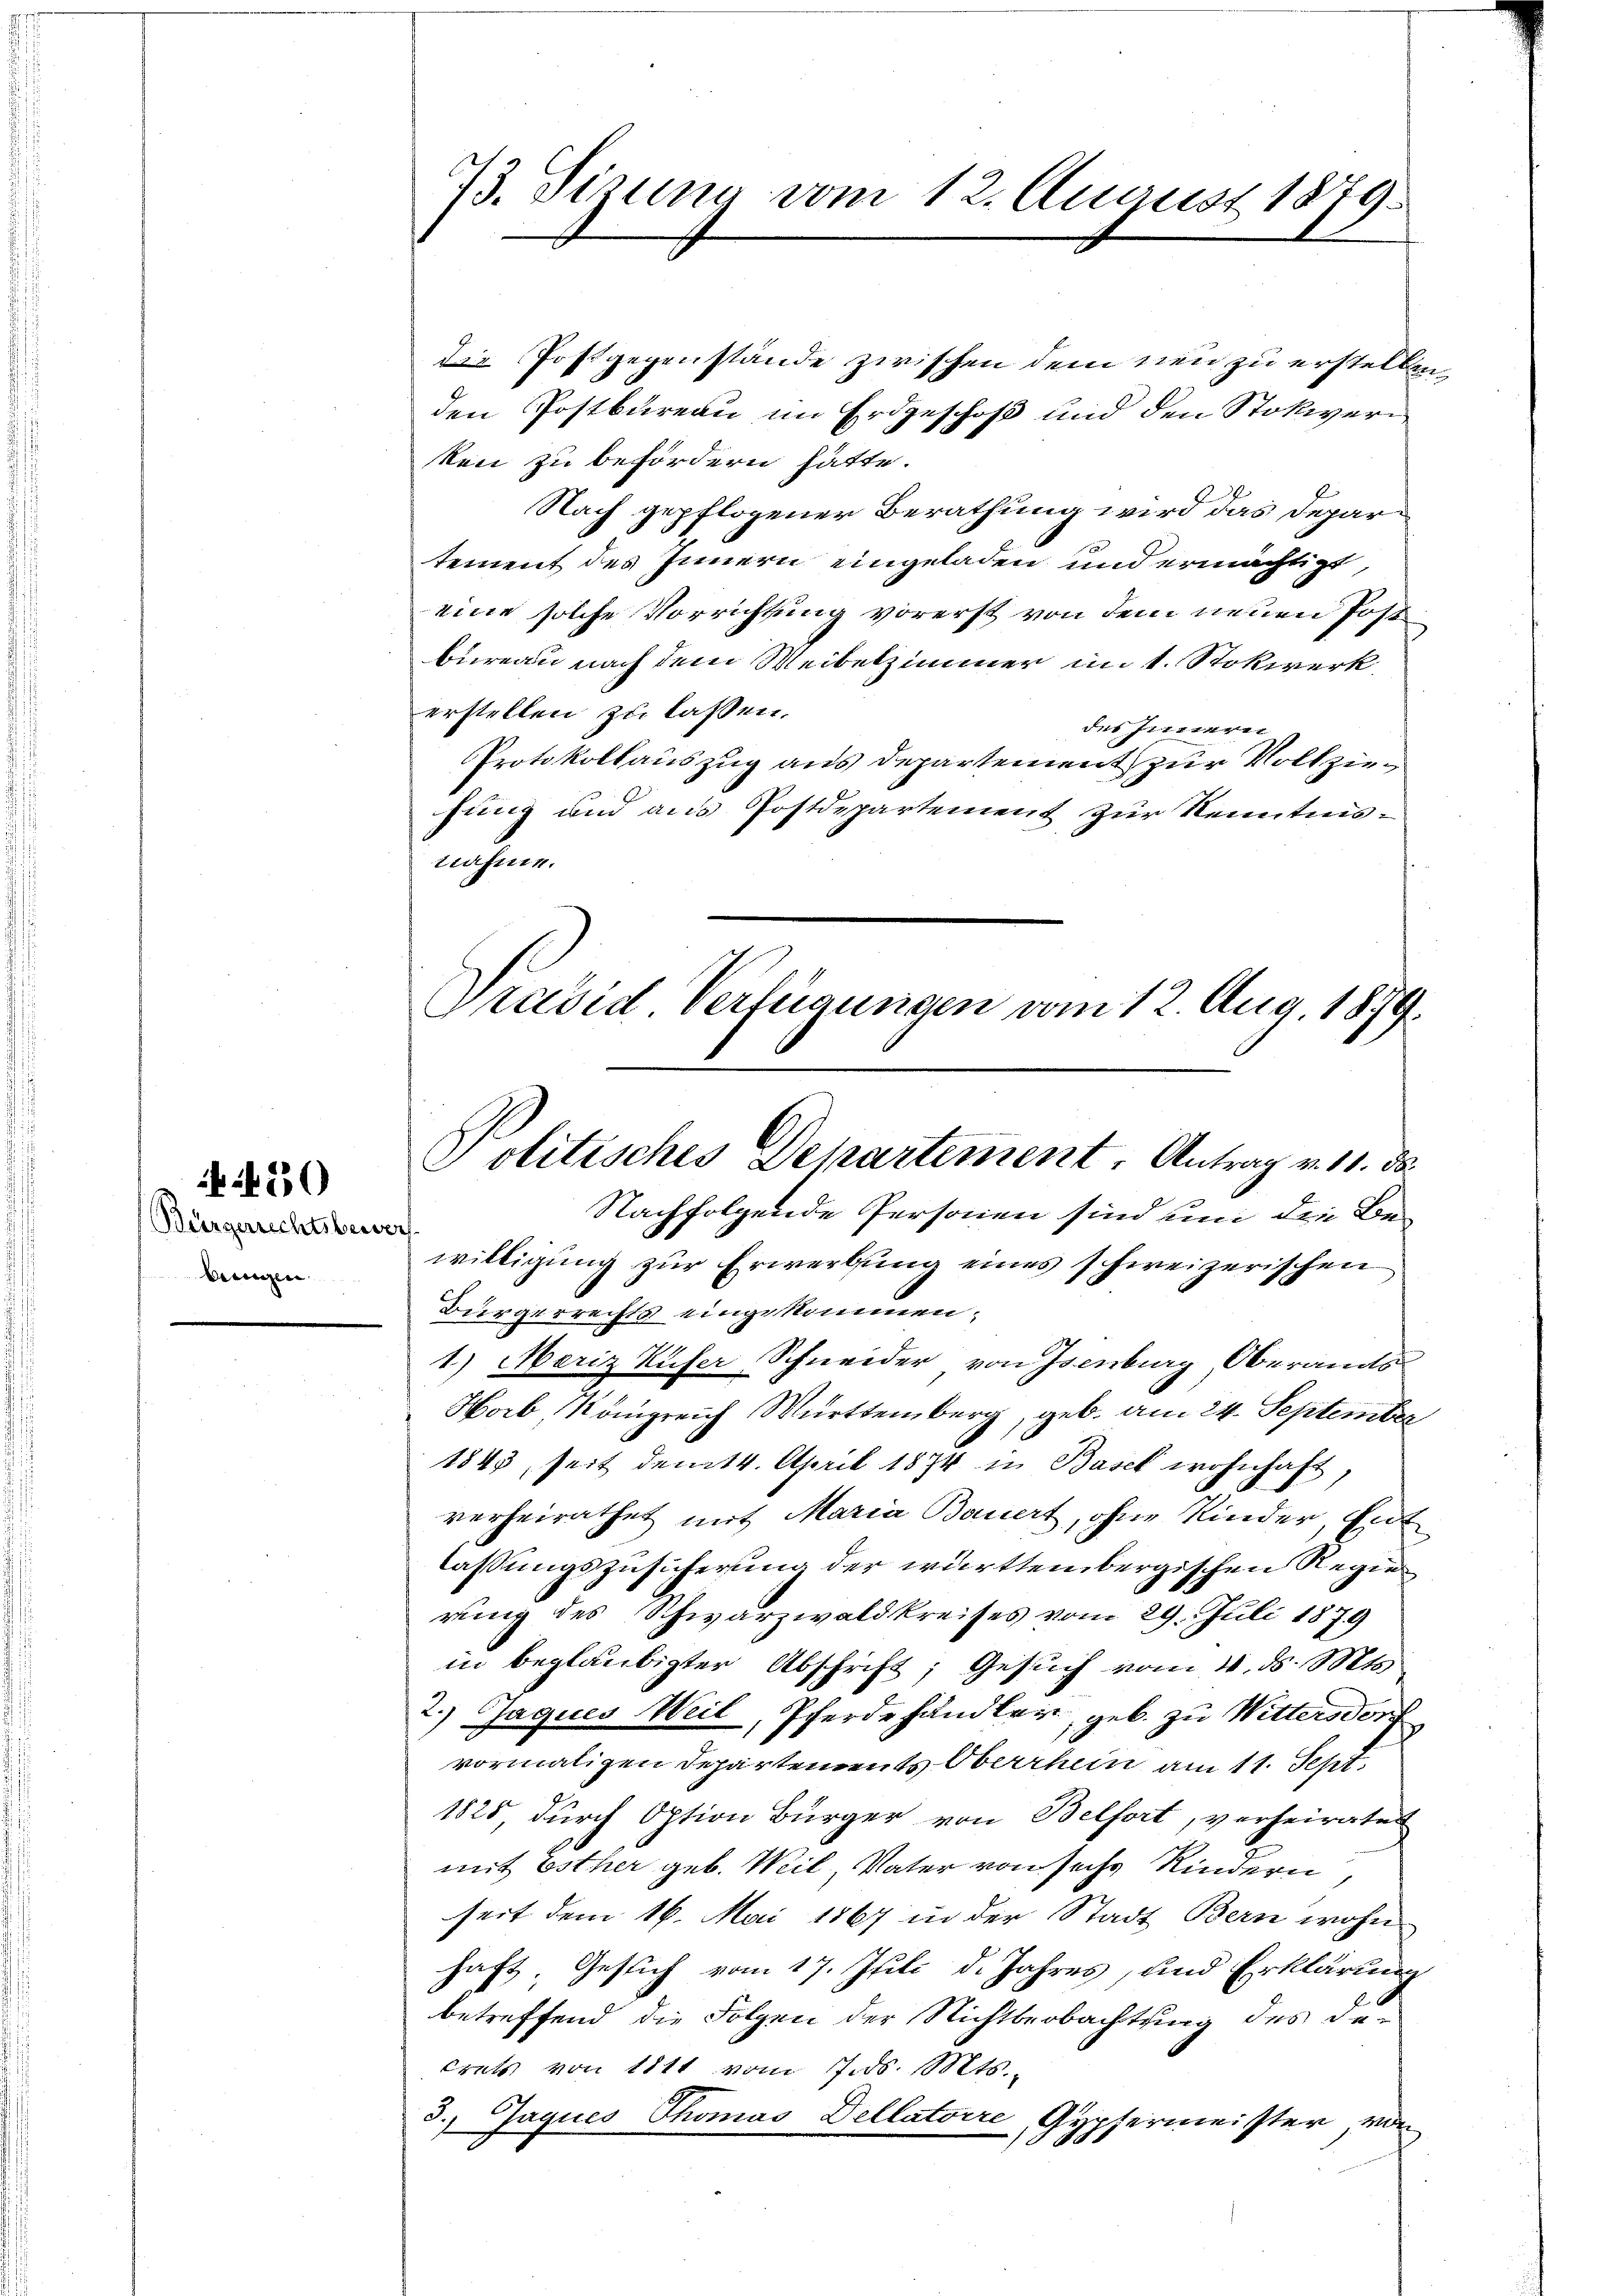
Bürgerrechtsbeworf
bengen

430

73. Sizung vom 12. August 1879.

die Postgegenstände zwischen dem neu zu erstellen,
den Postkureau im Erdgeschoß und den Stokier
ken zu befördern hätte.
Nach gepflogener Berathung wird das Departement des Innern eingeladen und ermächtigt,
eine solche Vorrichtung vorerst von dem neuen Post
bureau nach dem Weibelzimmer im 1. Stokwerk,
erstellen zu lassen.
der Einnern
Protokollauszug aus Departement zur Vollziehung und aus Postdepartement zur Kenntnisnahme.

Präsid Verfügungen vom 12. Aug. 1879.
Politisches Departement. Antrag v. 10. ds.
Nachfolgende Personen sind und die Be¬

willigung zur Erwerbung eines schweizerischen
Bürgerrechts eingekommen,
1) Mariz Küfer Schneider von Isenburg, Oberamts¬
Horb Königreich Württemberg, geb. am 24. September
1843, seit dem 14. April 1874 in Basel wohnhaft,
verheirathet mit Maria Bauert, ohne Kinder, Ent
lassungszusicherung der württembergischen Regie
rung des Schwarzwaldkreises vom 29. Juli 1879
in beglaubigter Abschrift; Gesuch vom 4. ds. Mts.
2.) Jaques Weil, Pferdehändler, geb. zu Wittersdorf
vormaligen Departements Oberrhein am 11. Sept.
1825 durch Option Bürger von Belfort, verheiratet
mit Esther geb. Weil, Vater von sechs Kindern,
seit dem 16. Mai 1867 in der Stadt Bern wohn
haft, Gesich vom 17. Juli d. Jahres, und Erklärung
betreffend die Folgen der Nichtbeobachtung des decrets von 11t vom 17. ds. Mts.
5.) Jaques Thomas Dellatoire Aupfermeister, von
/7 x